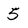
Character: 5